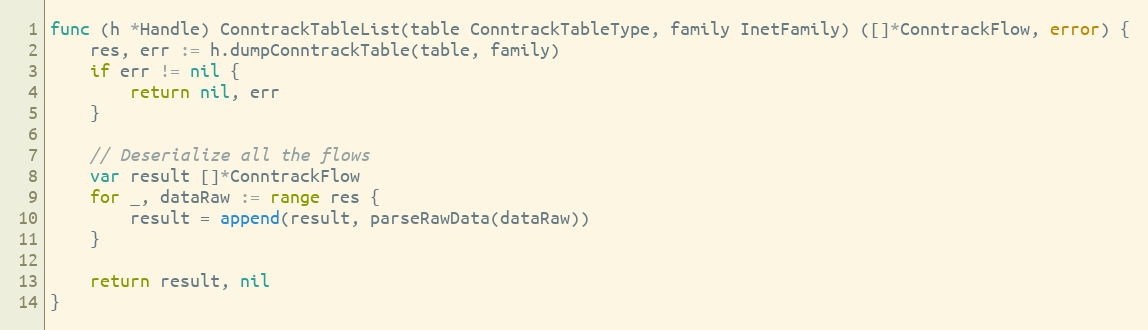
Language: Go
func (h *Handle) ConntrackTableList(table ConntrackTableType, family InetFamily) ([]*ConntrackFlow, error) {
	res, err := h.dumpConntrackTable(table, family)
	if err != nil {
		return nil, err
	}

	// Deserialize all the flows
	var result []*ConntrackFlow
	for _, dataRaw := range res {
		result = append(result, parseRawData(dataRaw))
	}

	return result, nil
}